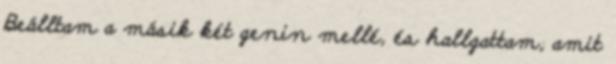
Beálltam a másik két genin mellé, és hallgattam, amit